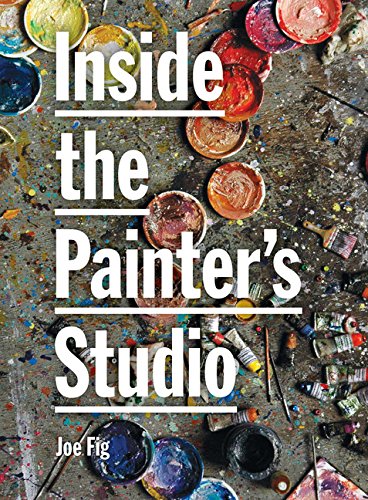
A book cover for Inside the Painter's Studio; Joe Fig; Biographies & Memoirs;